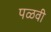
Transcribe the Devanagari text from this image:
पळवी